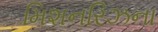
મિશનરિઝના